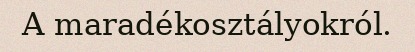
A maradékosztályokról.